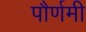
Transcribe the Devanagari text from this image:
पौर्णमी